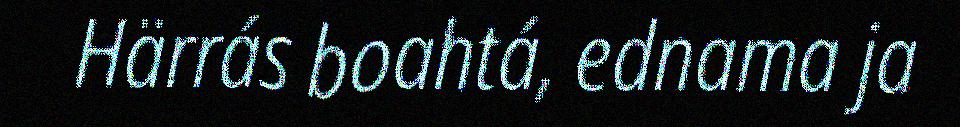
Härrás boahtá, ednama ja